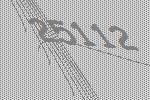
25112